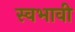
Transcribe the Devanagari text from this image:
स्वभावी